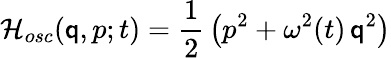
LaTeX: \mathcal{H}_{osc}(\mathsf{q},p;t)={\frac{{1}}{{2}}}\left(p^{2}+\omega^{2}(t)\, \mathsf{q}^{2}\right)